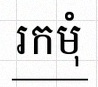
រកមុំ